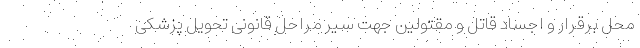
محل برقرار و اجساد قاتل و مقتولین جهت سیر مراحل قانونی تحویل پزشکی